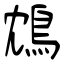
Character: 鴆